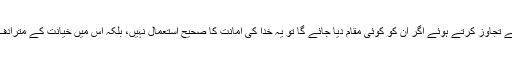
اس سے تجاوز کرتے ہوئے اگر ان کو کوئی مقام دیا جائے گا تو یہ خدا کی امانت کا صحیح استعمال نہیں، بلکہ اس میں خیانت کے مترادف ہوگا۔